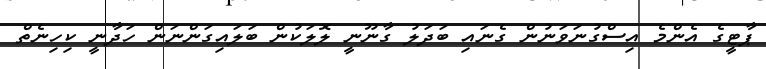
ޕާޓީގެ އެންމެ އިސްގުނަވަނުން ގެނައި ބަދަލު ގާނޫނީ ލޮލަކުން ބަލައިގަންނަން ހަދާނީ ކިހިނެތް